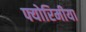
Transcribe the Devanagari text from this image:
फ्योरिमीया